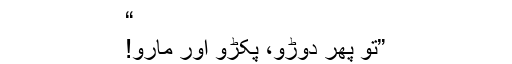
“
”تو پھر دوڑو، پکڑو اور مارو!